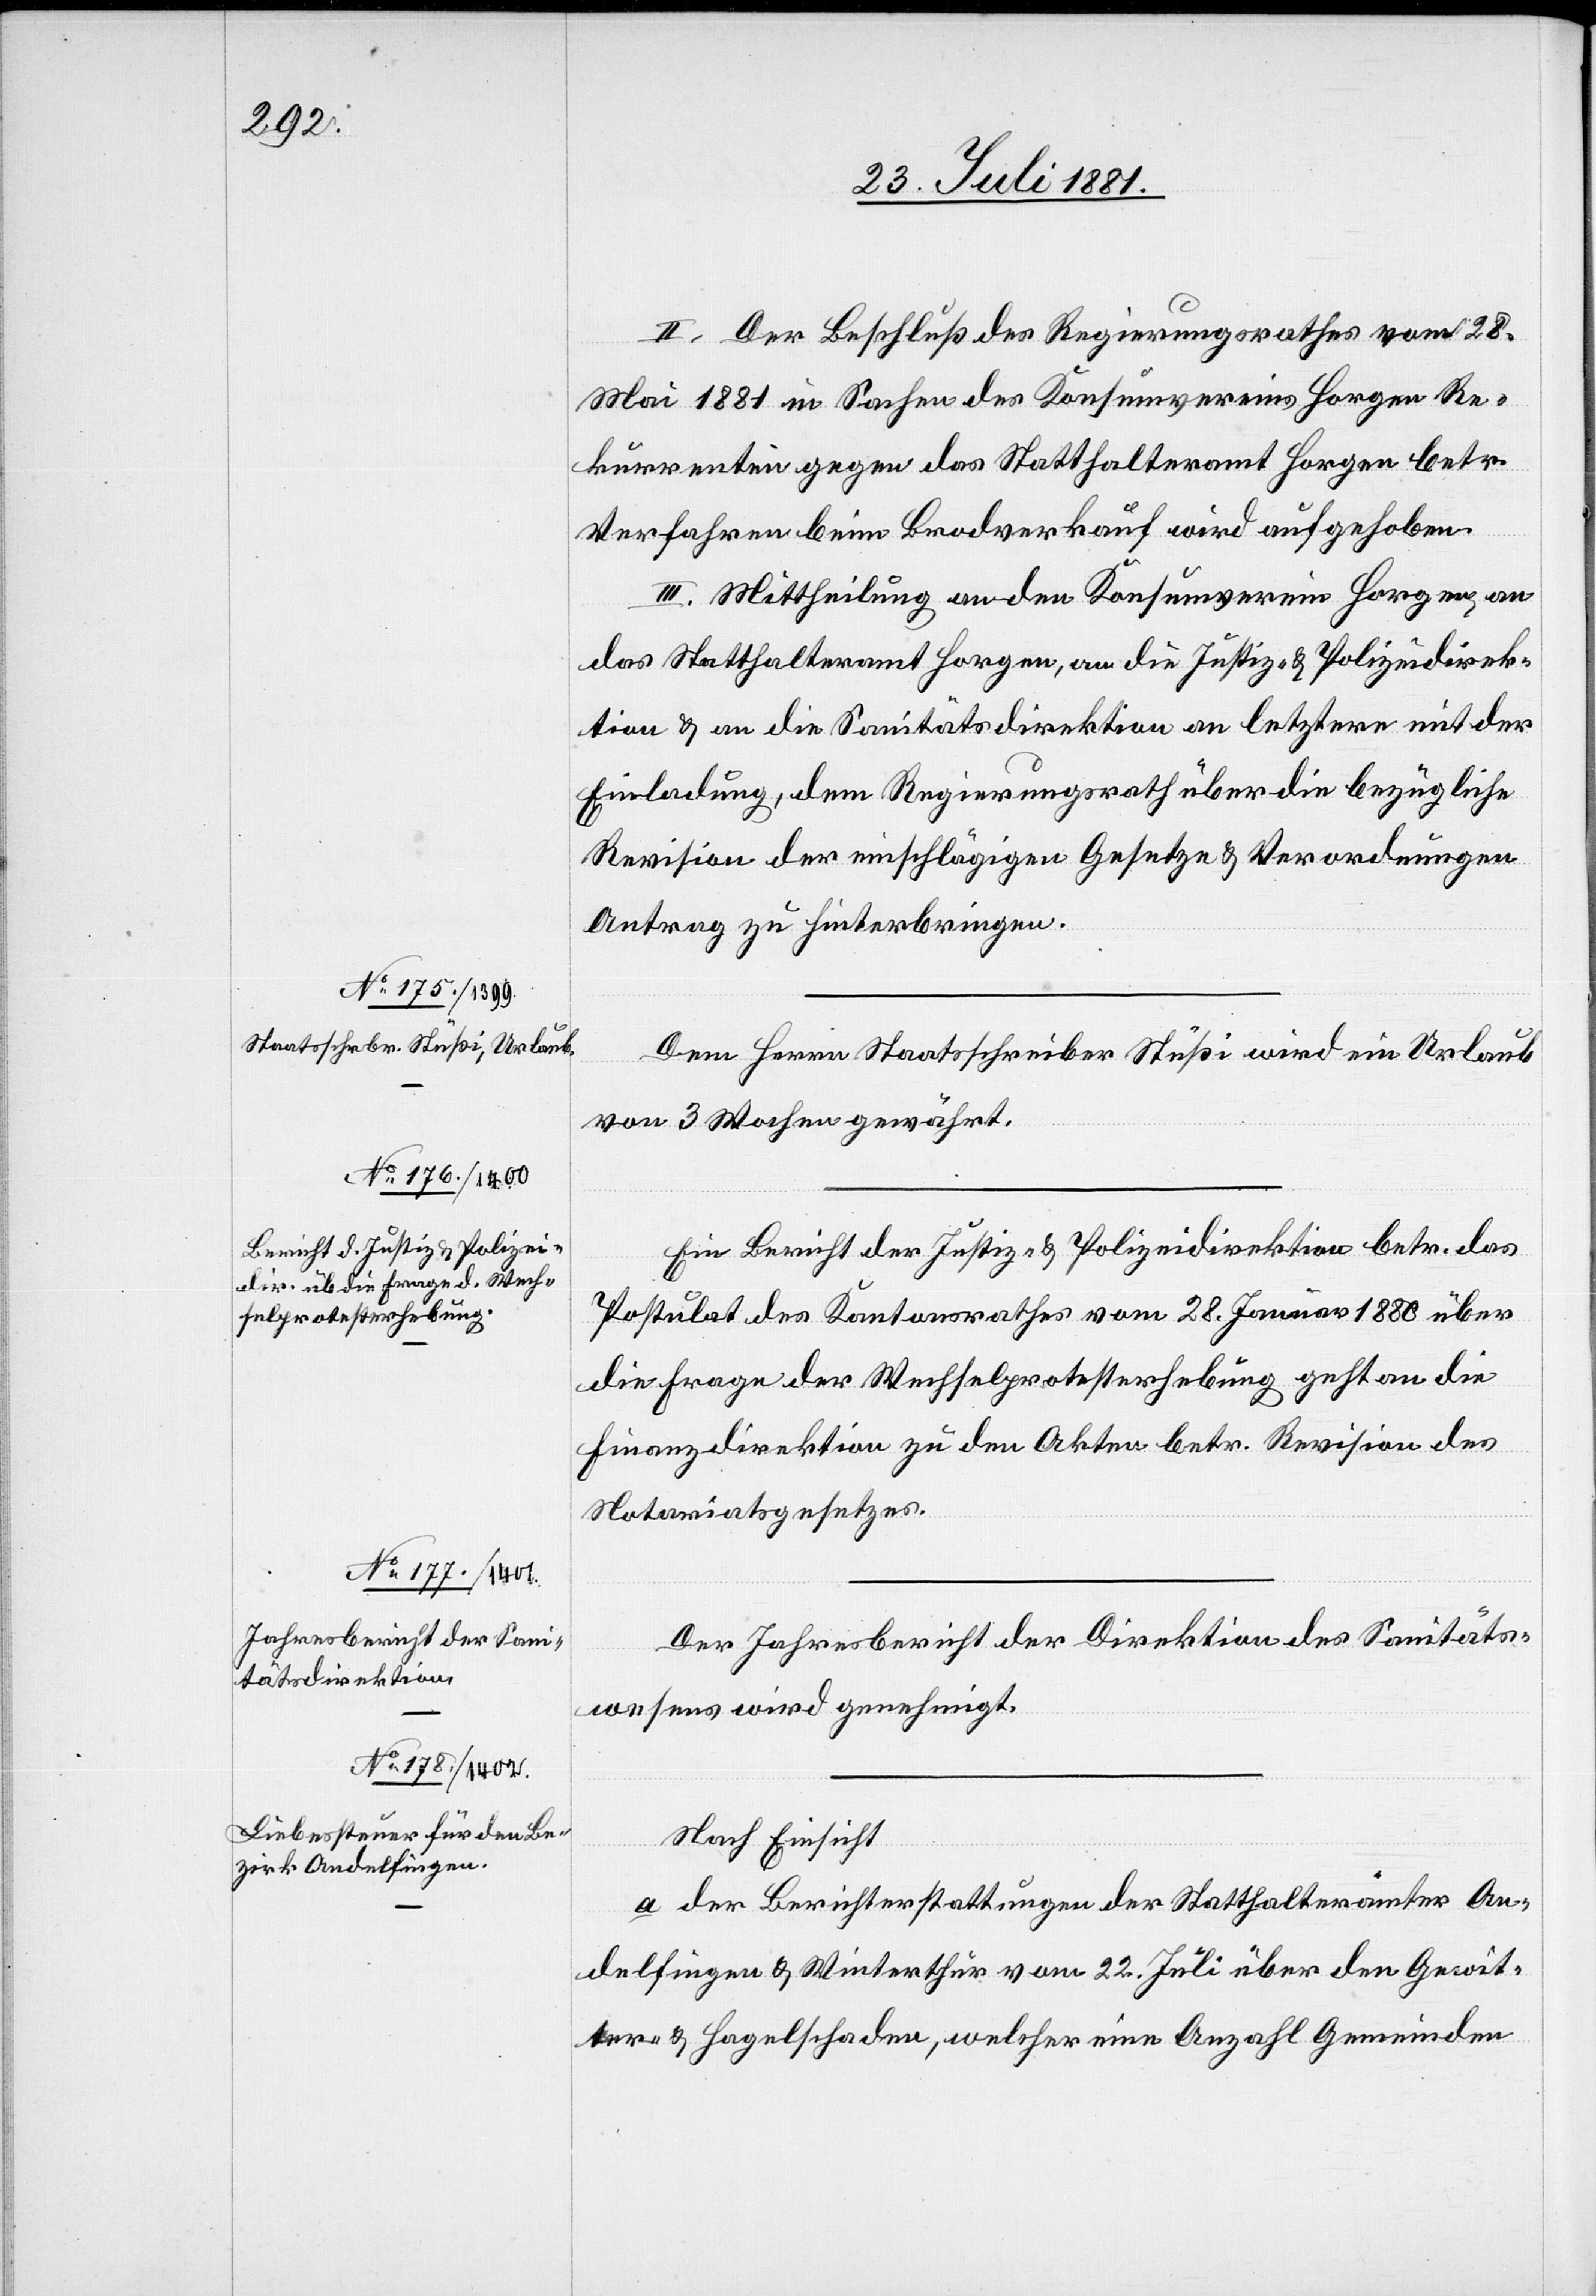
II. Der Beschluß des Regierungsrathes vom 28
Mai 1881 in Sachen des Konsumvereins Horgen Re¬
kurrentin gegen das Statthalteramt Horgen betr.
Verfahren beim Brodverkauf wird aufgehoben.
III. Mittheilung an den Konsumverein Horgen, an
das Statthalteramt Horgen, an die Justiz- & Polizeidirek¬
tion & an die Sanitätsdirektion an letztere mit der
Einladung, dem Regierungsrath über die bezügliche
Revision der einschlägigen Gesetze & Verordnungen
Antrag zu hinterbringen.
Dem Herrn Staatsschreiber Stüßi wird ein Urlaub
von 3 Monaten gewährt.
Ein Bericht der Justiz- & Polizeidirektion betr. das
Postulat des Kantonsrathes vom 28. Januar 1880 über
die Frage der Wechselprotesterhebung geht an die
Finanzdirektion zu den Akten betr. Revision des
Notariatsgesetzes.
Der Jahresbericht der Direktion des Sanitäts¬
wesens wird genehmigt.
Nach Einsicht
a. der Berichterstattungen der Statthalterämter An¬
delfingen & Winterthur vom 22. Juli über den Gewit¬
ter- & Hagelschaden, welcher eine Anzahl Gemeinden